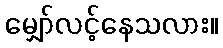
မျှော်လင့်နေသလား။